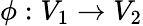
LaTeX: \phi:V_{1}\rightarrow V_{2}